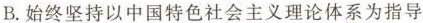
B.始终坚持以中国特色社会主义理论体系为指导